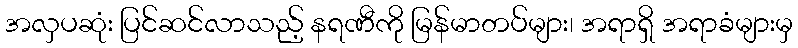
အလှပဆုံး ပြင်ဆင်လာသည့် နရဏီကို မြန်မာတပ်များ၊ အရာရှိ အရာခံများမှ